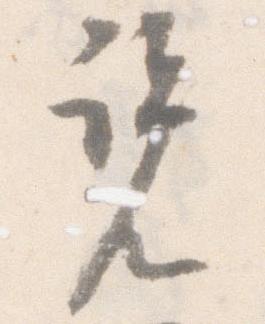
覧